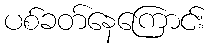
ပစ်ခတ်နေကြောင်း